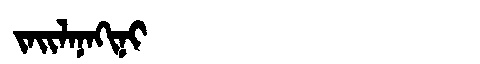
Manchu: ᠵᠠᡳᠯᠠᠨᠠᡴᡳᠨᡳ
Romanization: JAILANAKINI